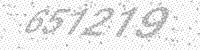
Solution: 651219